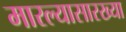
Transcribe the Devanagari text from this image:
मारल्यासारख्या